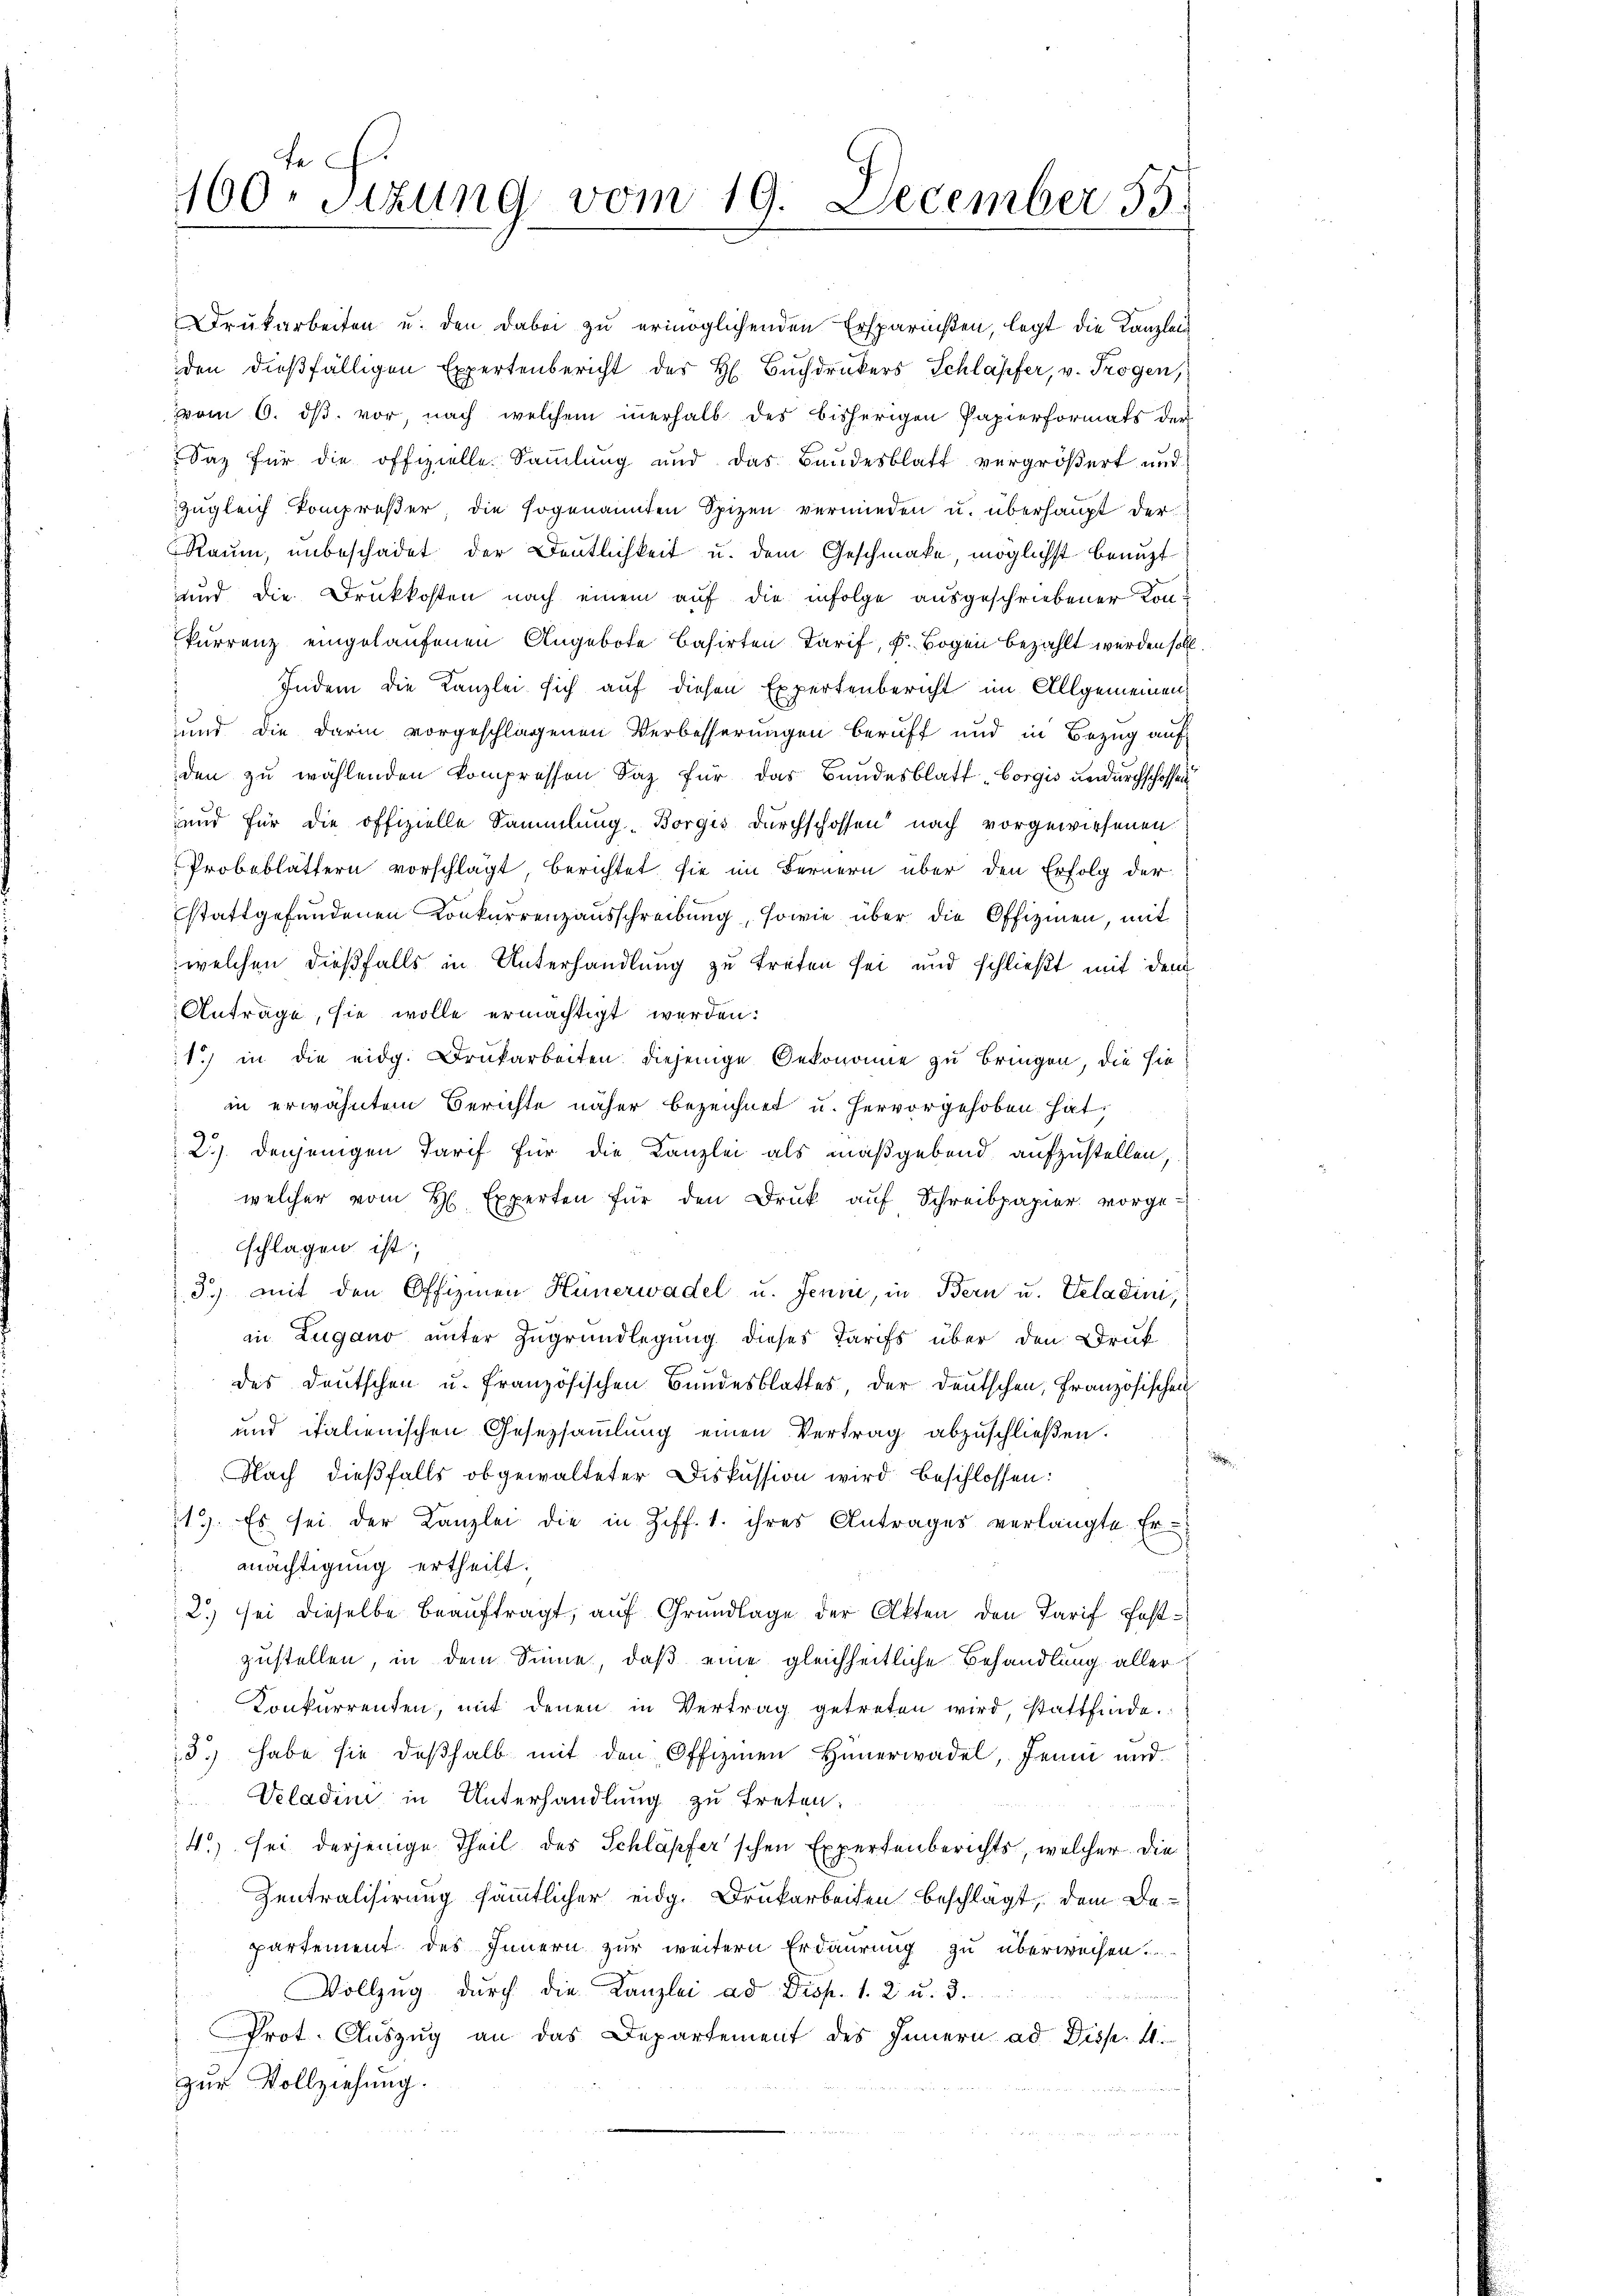
160. Sizung vom 19. December 55.

Drukarbeiten u. den dabei zu ermöglichenden Ersparnisten, legt die Kanzlein
den dießfälligen Expertenbericht der H. Bŭchdruckers Schlapfer, v. Trogen,
vom 6. ds. vor, nach welchem innerhalb des bisherigen Papierformats der
Saz für die offizielle Sammlung und das Bandesblatt vergrößert und
Zugleich kompreser, die sogenannten Spizen vermieden u. überhaupt der
Raum, unbeschadet der Deutlichkeit u. dem Geschmake, möglichst benuzt
und die Druckkosten nach einem auf die infolge ausgeschriebener Konkurrenz eingelaufenen Angebote basirten Tarif, k. Bogen bezahlt werden soll
Indem die Kanzlei sich auf diesen Expertenbericht im Allgemeinen
und die darin vorgeschlagenen Verbesserungen beruff und in Bezug auf
den zu wählenden kompressen Saz für das Bundesblatt „Borgis undurchschoffen
und für die offizielle Sammlung-Borgis Durchschossen nach vorgewiesenen
Probeblättern vorschlägt berichtet, sie im Fernern über den Erfolg der
stattgefundenen Konkurrenzausschreibung, sowie über die Offizien, mit
welchen dießfalls in Unterhandlung zu treten sei und schließt mit dem
Antrage, sie wolle ermächtigt werden:
1.) in die eidg. Drukarbeiten diejenige Oekonomie zu bringen, die sie
 in erwähntem Berichte näher bezeichnet u. hervorgehoben hat,
2). Denjenigen Tarif für die Kanzlei als maßgebend aufzustellen,
welcher vom H. Experten für den Druk aŭf Schreibpapier vorge-
schlagen ist;
3.) mit den Offizien Hünerwadel u. Jenni, in Bern u. Veladen,
in Zugano unter Zugrundlegung dieses Tarifs über den Struk
des Deutschen u. französischen Bundesblattes, der deutschen, Französischen
und italienischen Gesetzsammlung einen Vertrag abzuschließen.
Nach dießfalls obgewalteter Diskussion wird beschlossen:
119. Es sei der Kanzlei die in Ziff. 1. ihres Antrages verlangte Er-
mächtigung ertheilt.
2.) sei dieselbe beauftragt, auf Grundlage der Akten den Tarif festzustellen, in dem Sinne, daß eine gleichheitliche Behandlung aller
Konkurrenten, mit denen in Vertrag getreten wird, stattfinde.
13.) habe sie deßhalb mit den Offizien Hünerwadel, Jenni und
Veladini in Unterhandlung zu treten:
4.) sei derjenige Theil des Schläpfer'schen Expertenberichts, welcher die
Zentralisirung sämmtlicher eidg. Drukarbeiten beschlagt, dem De-
partement des Innern zur weitern Erdaurung zu überweisen.
Vollzŭg dŭrch die Kanzlei ad Disp. 1. 2 u. 3.
n
Prot. Auszug an das Departement des Innern ad Disp. 4.
zur Vollziehung.